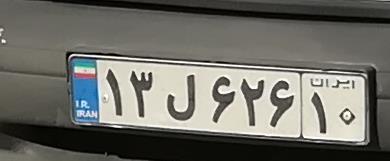
۱۲ل۲۶۱۱۰